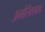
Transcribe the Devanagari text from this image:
अमेरिकावाद